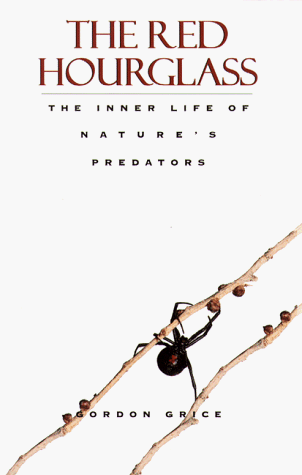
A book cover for The Red Hourglass: Lives of the Predators; Gordon Grice; Sports & Outdoors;